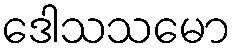
ဒေါသသမော